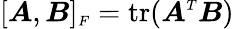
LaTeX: [\boldsymbol{A},\boldsymbol{B}]_{\scriptscriptstyle F}=\mathrm{tr}(\boldsymbol{A}^{\scriptscriptstyle T}\boldsymbol{B})